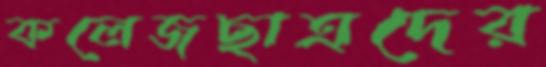
কলেজছাত্রদের